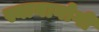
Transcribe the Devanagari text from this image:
स्यानागोगी